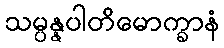
သမ္ပန္နပါတိမောက္ခာနံ